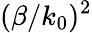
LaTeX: (\beta/k_{0})^{2}